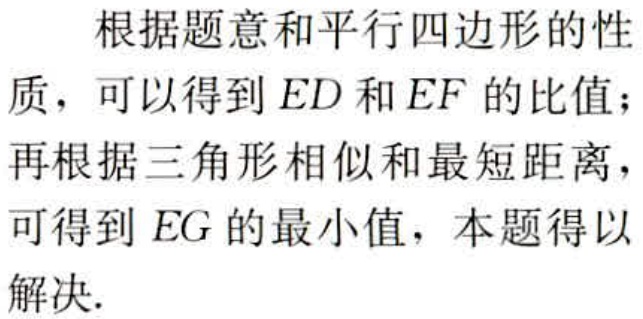
根据题意和平行四边形的性质，可以得到 \(ED\) 和 \(EF\) 的比值；再根据三角形相似和最短距离，可得到 \(EG\) 的最小值，本题得以解决.